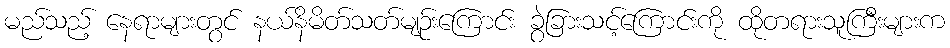
မည်သည့် နေရာများတွင် နယ်နိမိတ်သတ်မျဉ်းကြောင်း ခွဲခြားသင့်ကြောင်းကို ထိုတရားသူကြီးများက